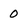
Character: 0